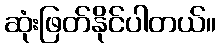
ဆုံးဖြတ်နိုင်ပါတယ်။